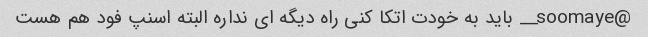
@soomaye__ باید به خودت اتکا کنی راه دیگه ای نداره البته اسنپ فود هم هست